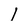
Character: I